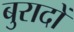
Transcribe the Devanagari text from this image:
बुरादों